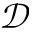
\mathcal { D }